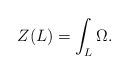
LaTeX: \begin{align*}Z(L)= \int_L \Omega.\end{align*}